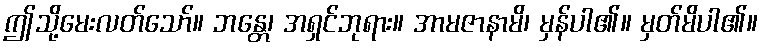
ဤသို့မေးလတ်သော်။ ဘန္တေ၊ အရှင်ဘုရား။ အာမဇာနာမိ၊ မှန်ပါ၏။ မှတ်မိပါ၏။